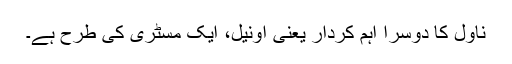
ناول کا دوسرا اہم کردار یعنی اونیل، ایک مسٹری کی طرح ہے۔